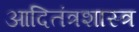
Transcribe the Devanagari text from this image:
आदितंत्रशास्त्र